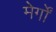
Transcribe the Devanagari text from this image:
मेर्गों